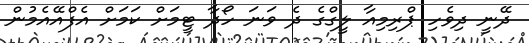
ދޭނީ ދިވެހި ޕްރިމިއާ ލީގްގެ ދެ ވަނަ ހޯދާ ޓީމަށް ކަމަށް އެފްއޭއެމުން